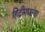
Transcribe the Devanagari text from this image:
हिंदीमधल्या